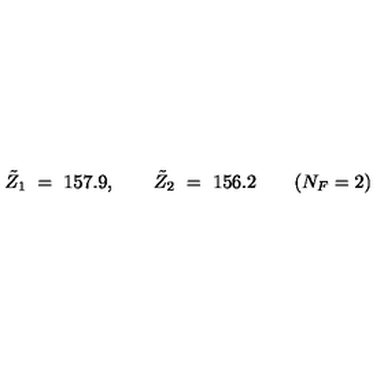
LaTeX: \tilde { Z } _ { 1 } \ = \ 1 5 7 . 9 , \qquad \tilde { Z } _ { 2 } \ = \ 1 5 6 . 2 \qquad ( N _ { F } = 2 )